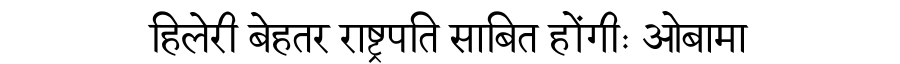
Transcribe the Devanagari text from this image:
हिलेरी बेहतर राष्ट्रपति साबित होंगीः ओबामा